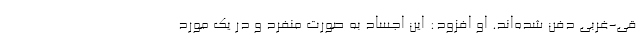
قی-غربی دفن شده‌اند. او افزود: این اجساد به صورت منفرد و در یک مورد